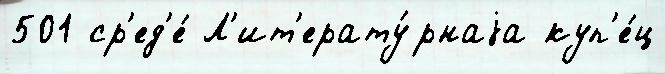
501 ср'ед'е́ Л'ит'ерату́рнаjа куп'е́ц